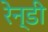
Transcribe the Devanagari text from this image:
रेन्डी